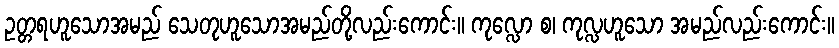
ဥတ္တရဟူသောအမည် သေတုဟူသောအမည်တို့လည်းကောင်း။ ကုလ္လော စ၊ ကုလ္လဟူသော အမည်လည်းကောင်း။